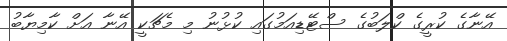
އޭނާގެ ކުރީގެ ކްލަބުގެ ސްޓޭޑިއަމުގައި ކުޅުނު މި މެޗަކީ އޭނާ އަށް ކާމިޔާބު